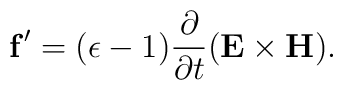
{\bf f}'=(\epsilon-1){\partial\over\partial t}({\bf E\times H}).